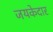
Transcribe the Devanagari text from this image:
जयकेदार